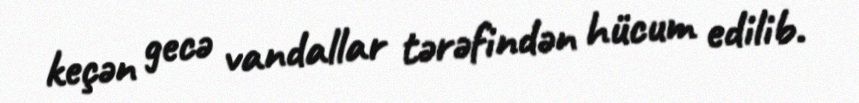
keçən gecə vandallar tərəfindən hücum edilib.